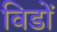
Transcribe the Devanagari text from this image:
विडों